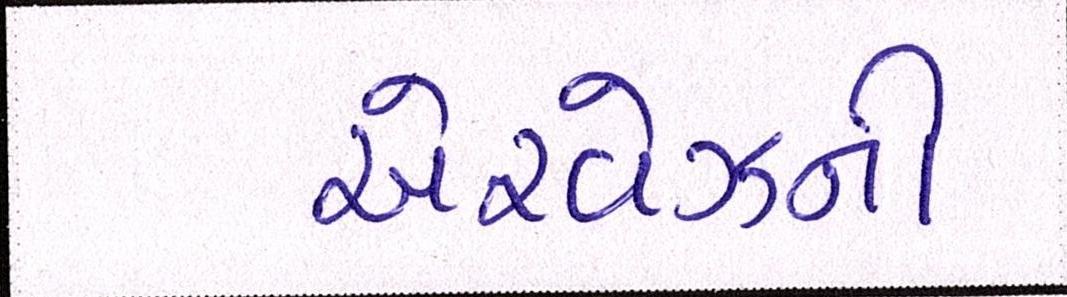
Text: એરવેઝની